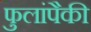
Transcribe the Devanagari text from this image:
फुलांपैकी